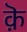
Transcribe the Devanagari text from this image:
क़ॆ